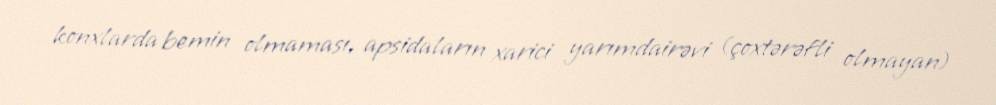
konxlarda bemin olmaması, apsidaların xarici yarımdairəvi (çoxtərəfli olmayan)